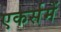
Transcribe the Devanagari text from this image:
एकर्समें